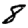
Digit: 8